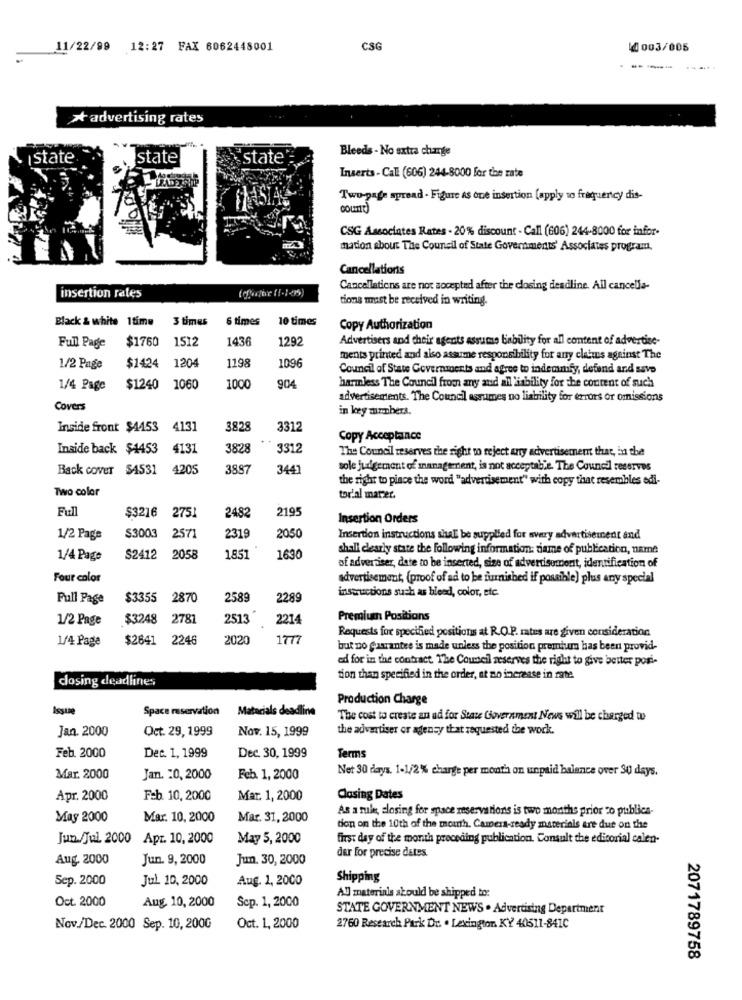
11/22/99 12:27 FAX 6062448001
CSG
14003/005
--- ---
> advertising rates
Bleeds - No extra charge
state
state
state
Inserts - Call (606) 244-8000 for the rate
Two-page spread - Figure As one insertion (apply to frequency dis-
court)
CSG Associates Rates - 20% discount - Call (606) 244-8000 for infor-
mation about The Council of State Governments' Associates program.
Cancellations
insertion rates
(cfuthe (1-1-05)
Cancellations are not accepted after the closing deadline. All cancella-
tions must be received in writing.
Black & white 1time
3 times
6 times
10 times
Copy Authorization
$1760
1512
1436
1292
Advertisers and their agents assume bability for all content of advertise-
Full Page
1198
ments printed and also assume responsibility for any claims against The
1/2 Page
$1424
1204
1096
Council of State Governments and agree to indemmfy, defend and save
904
1/4 Page
$1240 1060
1000
harmless The Council from any and all 'inbility for the content of such
advertisements. The Council assumes no liability for errors or omissions
Covers
in key murmbers.
Inside front $4453
4131
3828
3312
Copy Acceptance
Inside back $4453
4131
3828
3312
The Council reserves the right to reject any advertisement that, in the
Back cover $4531
4205
3887
3441
sole judgement of management, is not acceptable. The Council reserves
the right to piace the word "advertisement" with copy that resembles edi-
Two color
tor'al marer.
Full
275
2195
$3216
2482
Insertion Orders
1/2 Page
$3003
2571
2319
2050
Insertion instructions shall be supplied for avery advertisement and
shall clearly state the following information: dame of publication, name
1/4 Page
S2412
2058
1851
1630
of advertiser, date to be inserted, size of advertisement, identification of
Four color
advertisement, (proof of ad to be furnished if possible) plus any special
instructions such as bleed, color, etc.
Full Page
$3355
2870
2589
2289
1/2 Page
$3248
2781
2513
2214
Premium Positions
Requests for specified positions at R.O.P. rates are given consideration
1/4 Page
$2641
2246
2020
1777
but no guarantee is made unless the position premium has been provid-
ed for in the contract. The Counteil reserves the right to give better pori-
dosing deadlines
tion than specified in the order, at no increase in rate
Production Charge
Space reservation
Materials deadline
The cost to create an ad for State Government News will be charged to
Jan. 2000
Oct. 29, 1999
Nov. 15, 1999
the advertiser or agency that requested the work.
Feb. 2000
Det. 1, 1999
Terms
Dec. 30, 1999
Net 30 days. 1-1/2% charge per month on unpaid balance over 30 days.
Mar. 2000
Jan. 20, 2000
Feb. 1, 2000
Apr. 2000
Feb. 10, 2000
Mar. 1, 2000
Closing Dates
As a rule, closing for space reservations is two months prior co publics-
May 2000
Mar. 10, 2000
Mar. 31, 2000
tion on the 10th of the mouth. Camera-ready materials are due on the
Jun./Jul. 2000 Apr. 10, 2000
May 5, 2000
first day of the month preceding publication. Consult the editorial calen-
der for precise dates.
Aug. 2000
Jun. 9, 2000
Jun. 30, 2000
Sep. 2000
Jul. 10, 2000
Aug. 1, 2000
Shipping
All materiais scould be shipped to:
Oct. 2000
Aug. 10, 2000
Scp. 1, 2000
STATE GOVERNMENT NEWS . Advertising Department
Nov./Dec. 2000 Sep. 10, 200G
Oct. 1, 2000
2760 Research Park Dr. . Lexington KY 40511-841C
2071789758